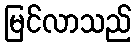
မြင်လာသည်